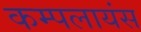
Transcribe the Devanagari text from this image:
कम्पलायंस